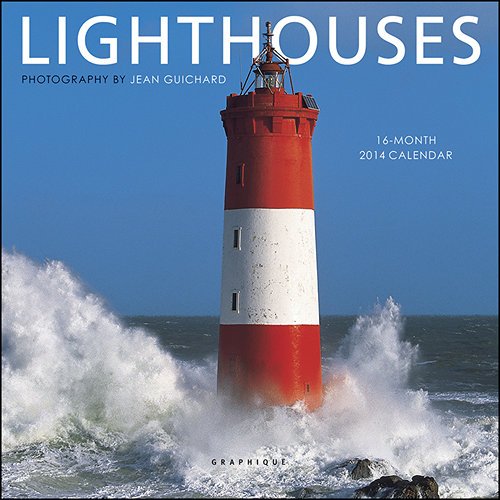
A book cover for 2014 Lighthouses Mini; Graphique de France; Calendars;